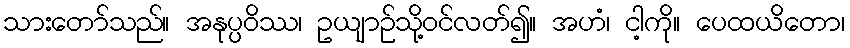
သားတော်သည်။ အနုပ္ပဝိဿ၊ ဥယျာဉ်သို့ဝင်လတ်၍။ အဟံ၊ ငါ့ကို။ ပေထယိတော၊